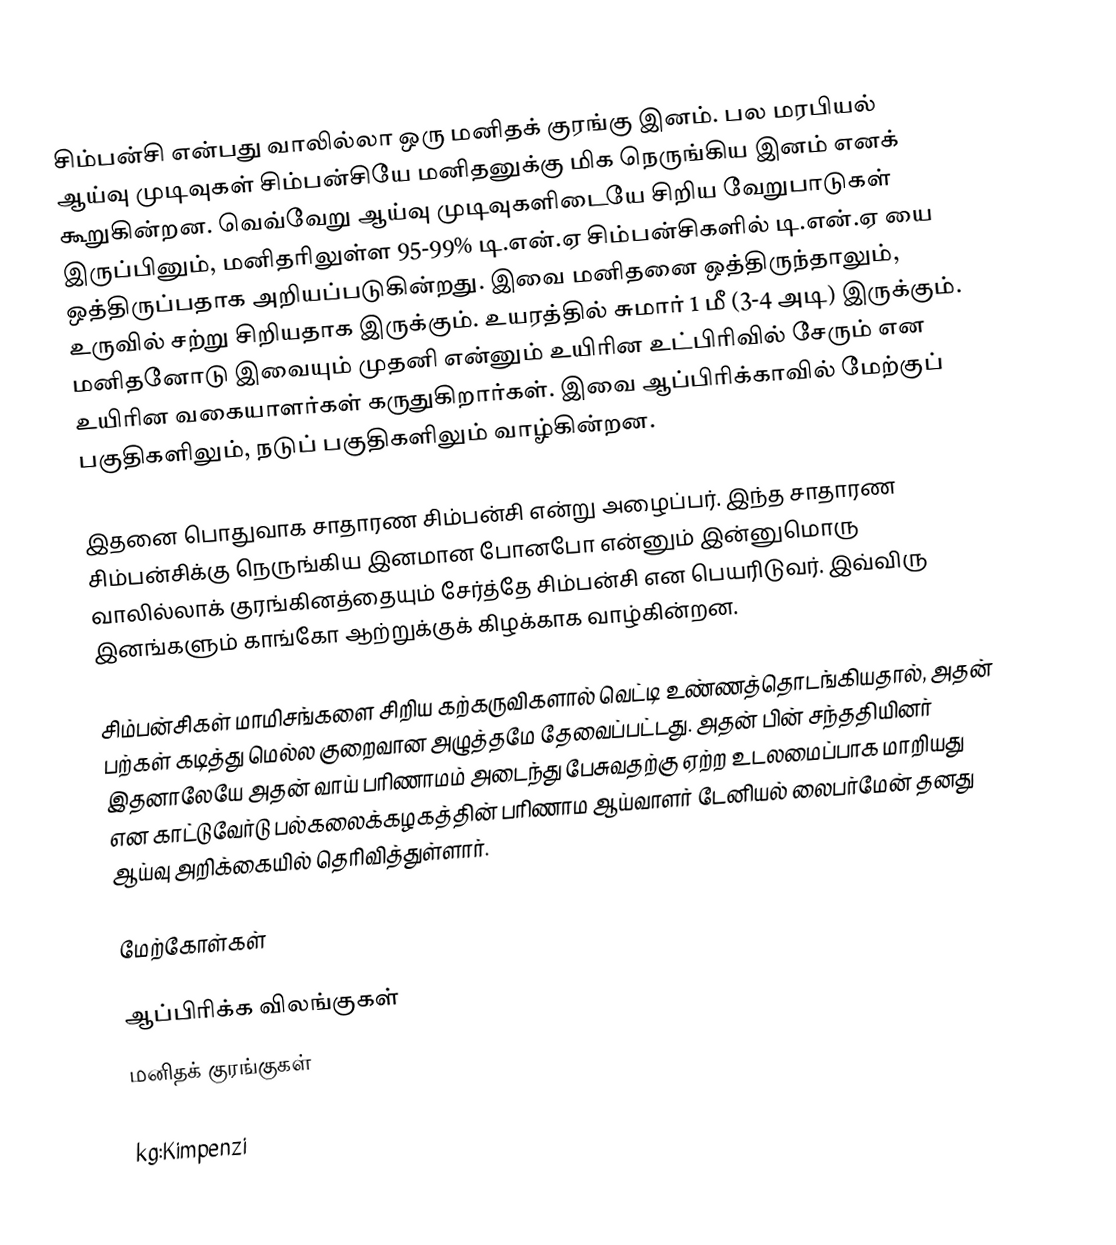
சிம்பன்சி என்பது வாலில்லா ஒரு மனிதக் குரங்கு இனம். பல மரபியல் ஆய்வு முடிவுகள் சிம்பன்சியே மனிதனுக்கு மிக நெருங்கிய இனம் எனக் கூறுகின்றன. வெவ்வேறு ஆய்வு முடிவுகளிடையே சிறிய வேறுபாடுகள் இருப்பினும், மனிதரிலுள்ள 95-99% டி.என்.ஏ சிம்பன்சிகளில் டி.என்.ஏ யை ஒத்திருப்பதாக அறியப்படுகின்றது. இவை மனிதனை ஒத்திருந்தாலும், உருவில் சற்று சிறியதாக இருக்கும். உயரத்தில் சுமார் 1 மீ (3-4 அடி) இருக்கும். மனிதனோடு இவையும் முதனி என்னும் உயிரின உட்பிரிவில் சேரும் என உயிரின வகையாளர்கள் கருதுகிறார்கள். இவை ஆப்பிரிக்காவில் மேற்குப் பகுதிகளிலும், நடுப் பகுதிகளிலும் வாழ்கின்றன.

இதனை பொதுவாக சாதாரண சிம்பன்சி  என்று அழைப்பர். இந்த சாதாரண சிம்பன்சிக்கு நெருங்கிய இனமான போனபோ என்னும் இன்னுமொரு வாலில்லாக் குரங்கினத்தையும் சேர்த்தே சிம்பன்சி என பெயரிடுவர். இவ்விரு இனங்களும் காங்கோ ஆற்றுக்குக் கிழக்காக வாழ்கின்றன.

சிம்பன்சிகள் மாமிசங்களை சிறிய கற்கருவிகளால் வெட்டி உண்ணத்தொடங்கியதால், அதன் பற்கள் கடித்து மெல்ல குறைவான அழுத்தமே தேவைப்பட்டது. அதன் பின் சந்ததியினர் இதனாலேயே அதன் வாய் பரிணாமம் அடைந்து பேசுவதற்கு ஏற்ற உடலமைப்பாக மாறியது என காட்டுவேர்டு பல்கலைக்கழகத்தின் பரிணாம ஆய்வாளர் டேனியல் லைபர்மேன் தனது ஆய்வு அறிக்கையில் தெரிவித்துள்ளார்.

மேற்கோள்கள்

ஆப்பிரிக்க விலங்குகள்
மனிதக் குரங்குகள்

kg:Kimpenzi